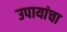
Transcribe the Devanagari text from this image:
उपायांचा